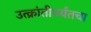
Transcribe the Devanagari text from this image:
उत्क्रांतीपर्यंतचा